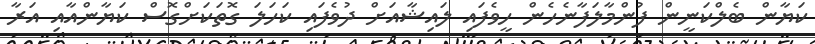
ކަޔާން ބެލްކަނީން ފުންމާލަފާނެހެން ހީވެފައި ލައިޝާއަށް ދުވެފައި ކަހަލަ ގޮތަކަށްގޮސް ކަޔާންއާއި އަރާ